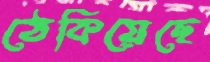
ঠেকিয়েছে